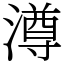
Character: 澊